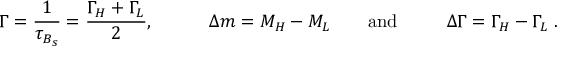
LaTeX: \Gamma = \frac { 1 } { \tau _ { B _ { s } } } = \frac { \Gamma _ { H } + \Gamma _ { L } } { 2 } , ~ ~ ~ ~ ~ ~ ~ ~ ~ \Delta m = M _ { H } - M _ { L } ~ ~ ~ ~ ~ ~ \mathrm { a n d } ~ ~ ~ ~ ~ ~ ~ ~ \Delta \Gamma = \Gamma _ { H } - \Gamma _ { L } \; .